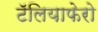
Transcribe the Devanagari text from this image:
टॅलियाफेरो